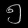
Digit: ၅